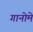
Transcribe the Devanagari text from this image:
गानोमे